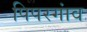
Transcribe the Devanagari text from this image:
पिपरगांव